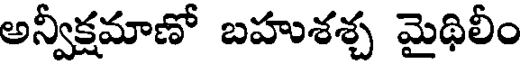
అన్వీక్షమాణో బహుశశ్చ మైథిలీం